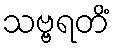
သဗ္ဗရတိံ